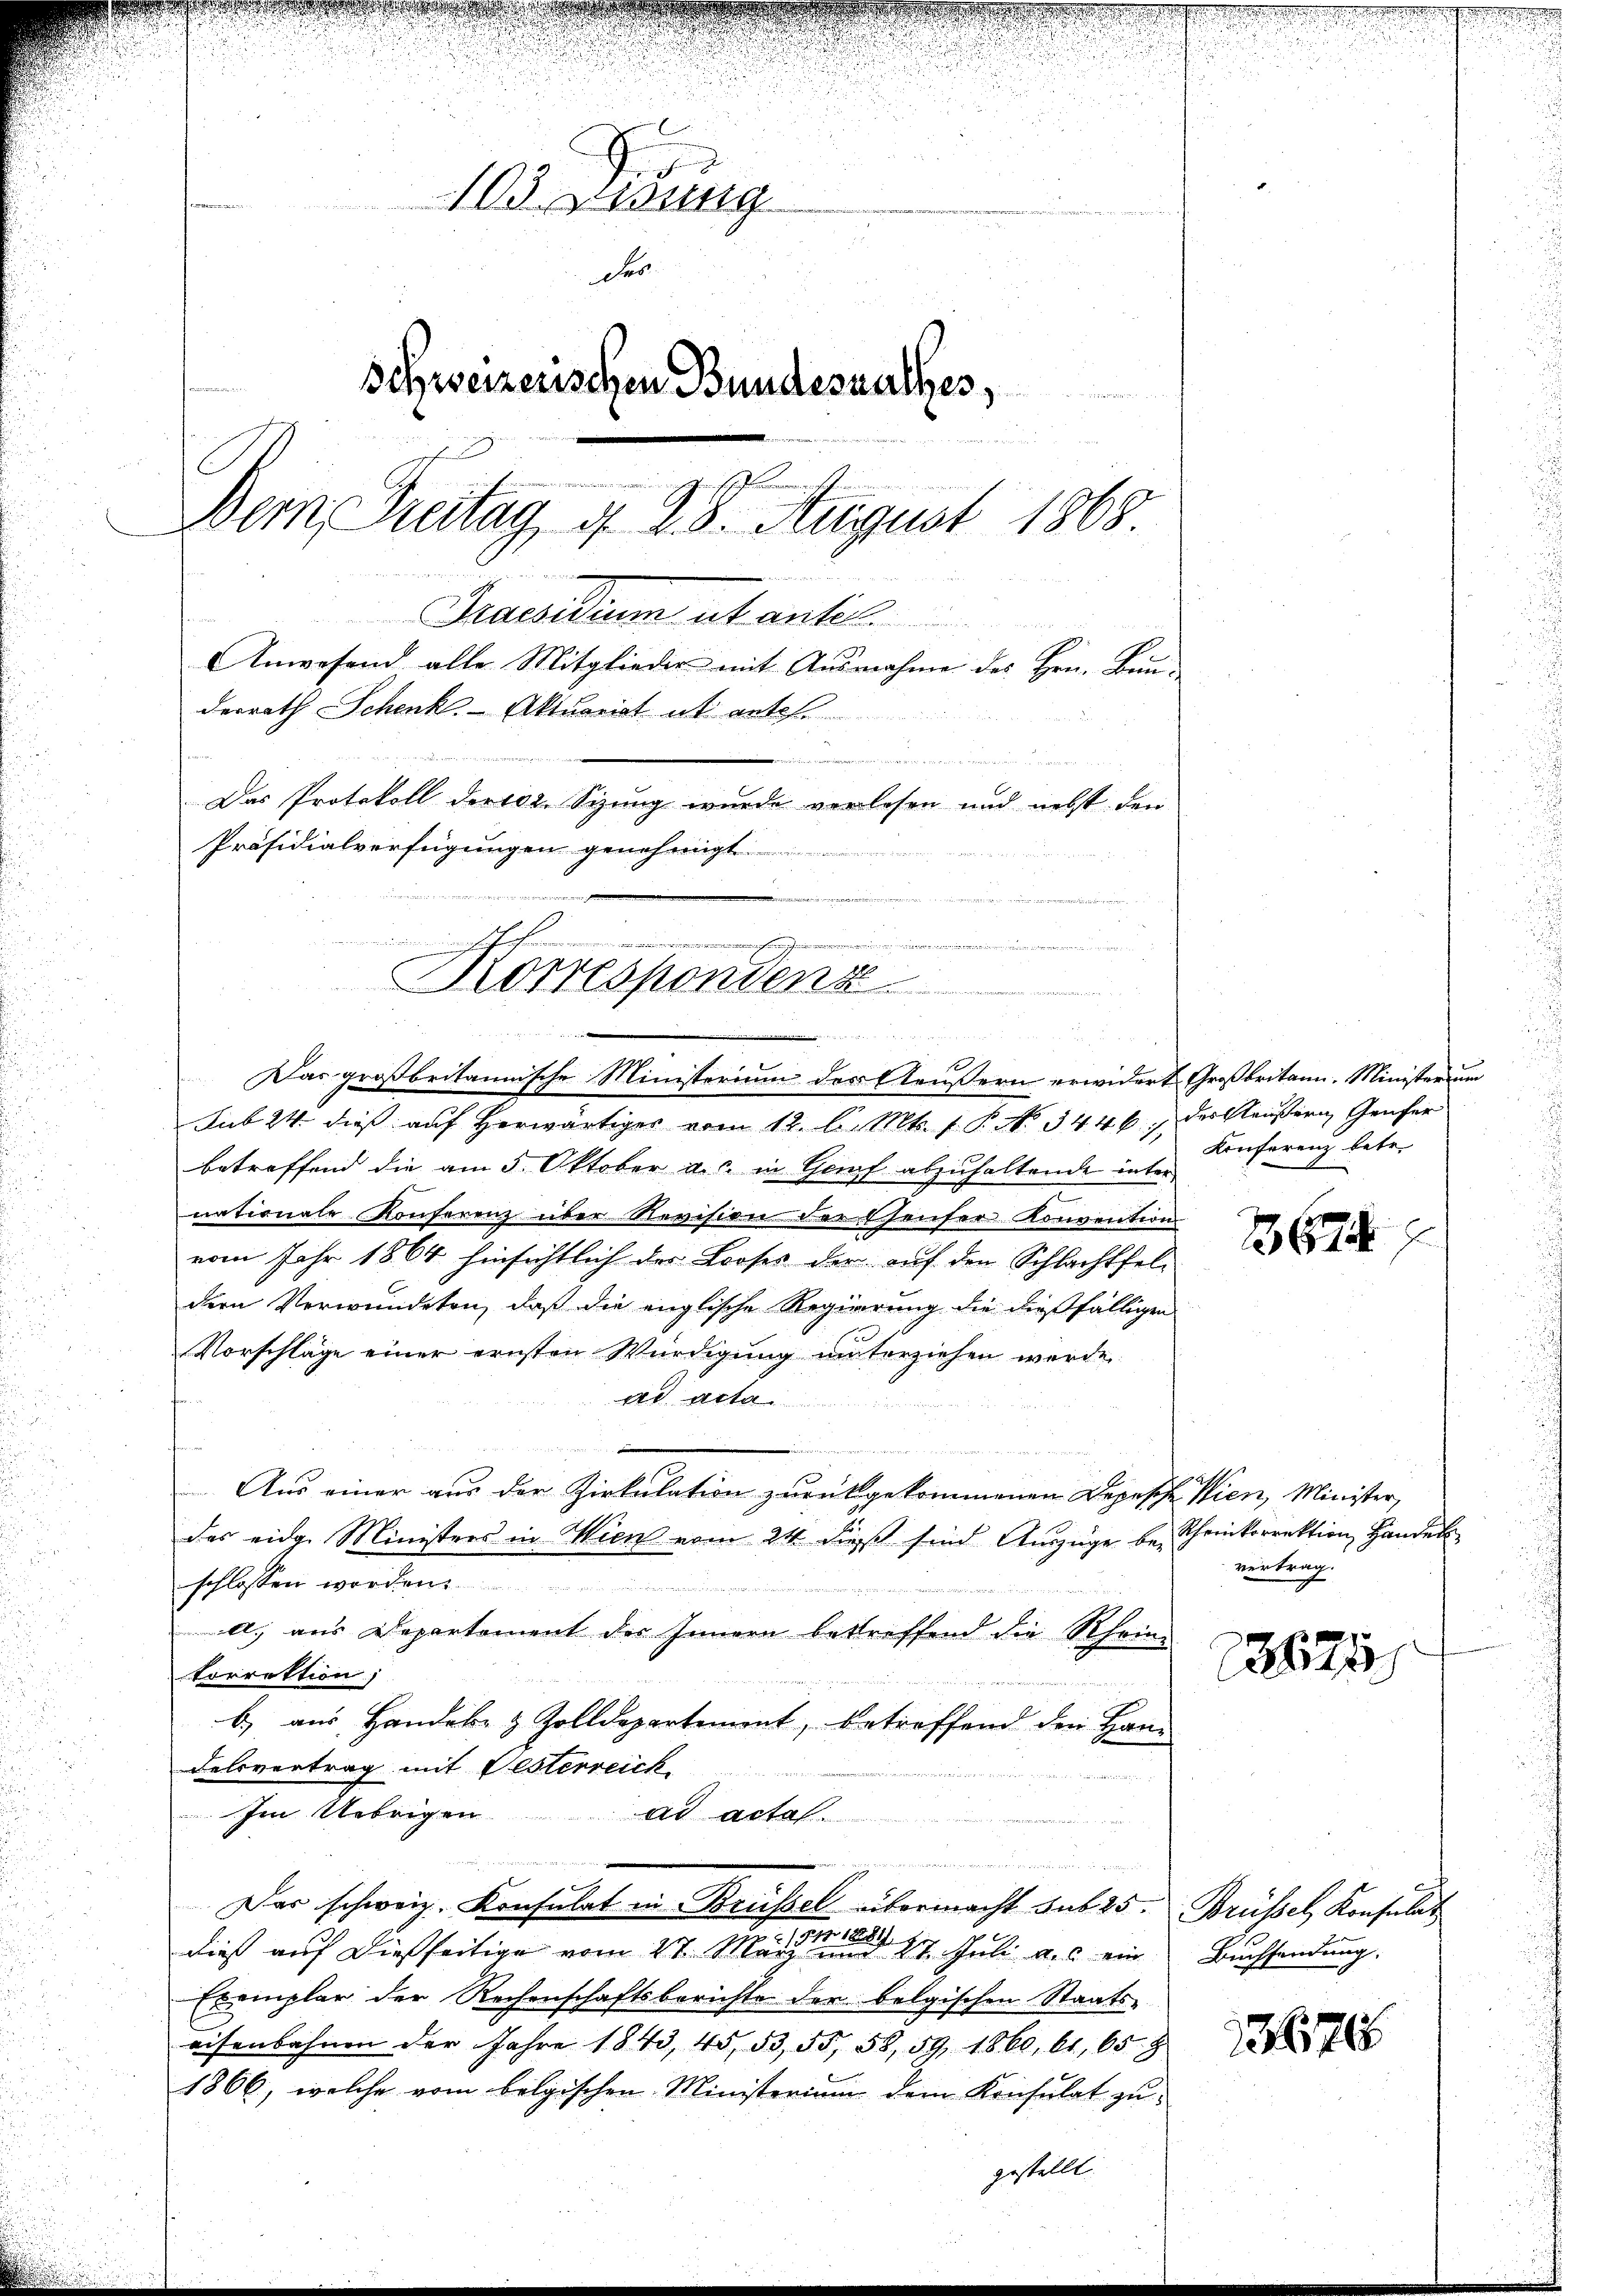
drirung
des
Schweizerischen Bundesrathes,
e
und
Bern Katag, d. 28. August 1868
Praesidium ut antel
Anwesend alle Mitglieder mit Ausnahme des Hrn. Bein-
derrath Schenk. Aktuariat ut antel.

Das Protokoll der 102. Sizung wurde verlesen und nebst den
Präsidialverfügungen genehmigt.

.
d

u
28x
Korrespondenz
d
vania. D. Recht der als

gestellt.

Das großbritannische Ministerium des Aeussern erwidert Großbritann. Minister um
Sub 24. dieß auf herwärtiger vom 12. l. Mts. f. P. N. 3446 des Neustern Gener
betreffend die am 5. Oktober a. in Genf abzuhaltende unter
nationale Konferenz über Revision der Eheuser Konvention
vom Jahr 1864 hinsichtlich des Looses der auf den Schlachtfeldern Verwundeten, daß die englische Regierung die dießfälligen
Vorschläge einer ernsten Würdigung unterziehen werde
ad acta
Aus einer aus der Zirkulation zurückgekommenen Depesche Wien, Minister,
das eidge Ministers in Wien vom 24 dieß sind Auszüge be- Chenkorrektion Handel
schlossen worden.
ll; aus Departement des Innern betreffend die Rheintorrektion)
b) aus Handel- & Zolldepartement, betreffend den Han-
Felsvertrag mit Gesterreich
Im Uebrigen
ad actal.
Das schweiz. Konsulat in Brüssel übermacht sub 25. Brüssel Konsulat
7. 191. 1829.
dieß auf dießseitige vom 27. März und 27. Juli a. c. ein
Exemplar der Rechenschaftsberichte der belgischen Staatseisenbahnen der Jahre 1843, 45, 53, 55, 58, 59, 1860, 61, 65. 8
1866, welche vom belgischen Ministerium dem Konsulat zu

Konferenz betr.

3618

vertrag.
2267

Buchsendung.

3676

de eine
e